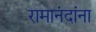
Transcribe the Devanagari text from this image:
रामानंदांना